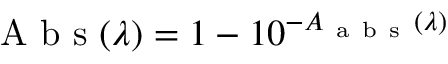
\mathrm { ~ A ~ b ~ s ~ } ( \lambda ) = 1 - 1 0 ^ { - A _ { \mathrm { ~ a ~ b ~ s ~ } } ( \lambda ) }